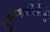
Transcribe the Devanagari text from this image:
मुलाखतींचीही